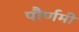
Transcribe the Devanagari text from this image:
पौर्णमी